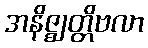
အနိဇ္ဈတ္တိဗလာ